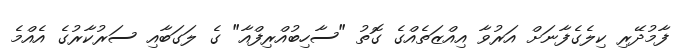
ފާމުދޭރި ކިލެގެފާނަށް އަރުވާ އިއްޒަތެއްގެ ގޮތު "ސާހިބުއްރިފްއާ" ގެ ލަގަބާއި ސަރުކާރުގެ އެއްމެ